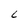
Character: C